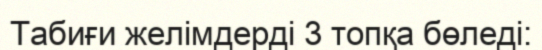
Табиғи желімдерді 3 топқа бөледі: